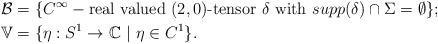
LaTeX: \begin{align*}\mathcal{B}&=\{C^{\infty}-\mbox{real valued }(2,0)\mbox{-tensor }\delta\mbox{ with }supp(\delta)\cap\Sigma=\emptyset\};\\\mathbb{V}&=\{\eta:S^1\rightarrow \mathbb{C}\mbox{ }|\mbox{ }\eta\in C^1\}.\end{align*}